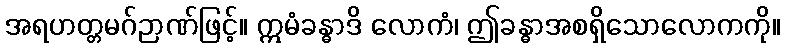
အရဟတ္တမဂ်ဉာဏ်ဖြင့်။ ဣမံခန္ဓာဒိ လောကံ၊ ဤခန္ဓာအစရှိသောလောကကို။